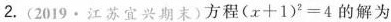
2.(2019·江苏宜兴期末)方程$$(x+1)^{2}=4$$的解为